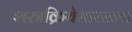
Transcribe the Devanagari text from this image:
शस्त्रक्रियेसारख्या